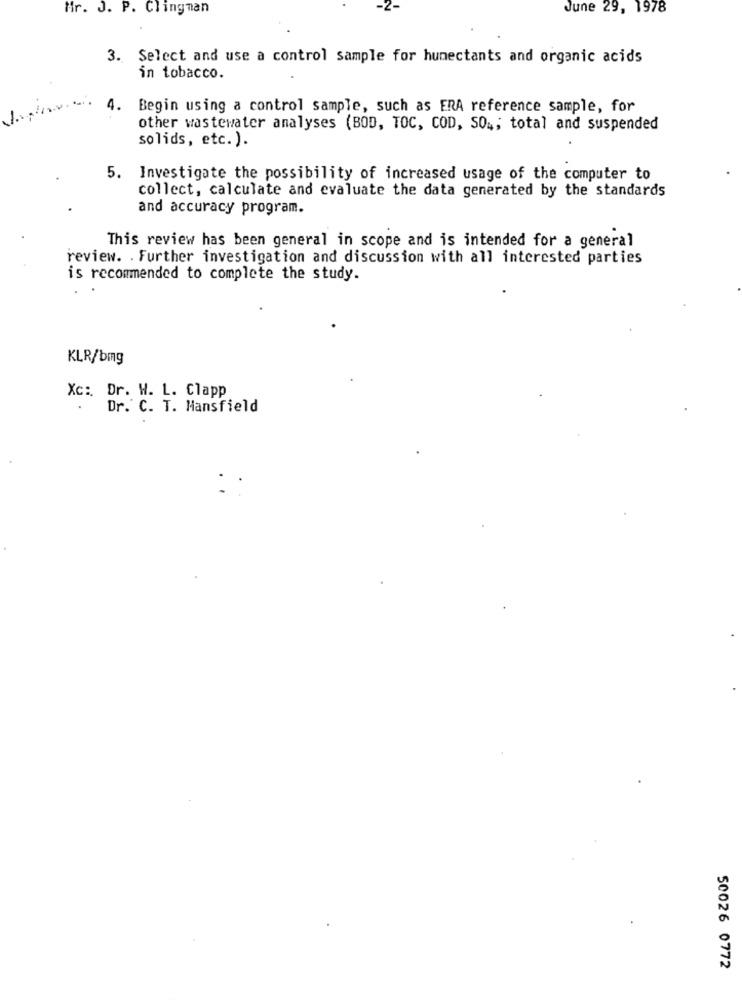
Mr. J. P. Clingman
June 29, 1978
3. Select and use a control sample for humectants and organic acids
in tobacco.
4. Begin using a control sample, such as ERA reference sample, for
other wastewater analyses (BOD, TOC, COD, SO4; total and suspended
solids, etc. ).
5. Investigate the possibility of increased usage of the computer to
collect, calculate and evaluate the data generated by the standards
and accuracy program.
This review has been general in scope and is intended for a general
review. . Further investigation and discussion with all interested parties
is recommended to complete the study.
KLR/bmg
Xc: Dr. W. L. Clapp
Dr. C. T. Mansfield
50026 0772